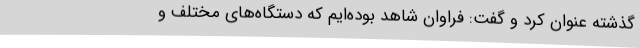
گذشته عنوان کرد و گفت: فراوان شاهد بوده‌ایم که دستگاه‌های مختلف و